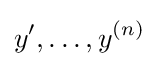
y',\ldots ,y^{(n)}